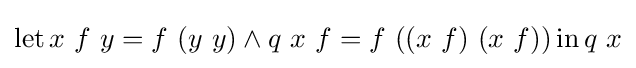
\operatorname {let} x\ f\ y=f\ (y\ y)\land q\ x\ f=f\ ((x\ f)\ (x\ f))\operatorname {in} q\ x